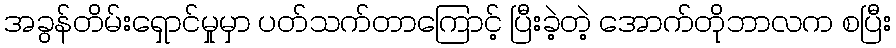
အခွန်တိမ်းရှောင်မှုမှာ ပတ်သက်တာကြောင့် ပြီးခဲ့တဲ့ အောက်တိုဘာလက စပြီး